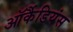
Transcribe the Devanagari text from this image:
ऑर्कैडियंस